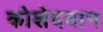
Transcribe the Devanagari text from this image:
कोशेददान